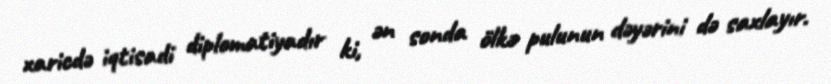
xaricdə iqtisadi diplomatiyadır ki, ən sonda ölkə pulunun dəyərini də saxlayır.